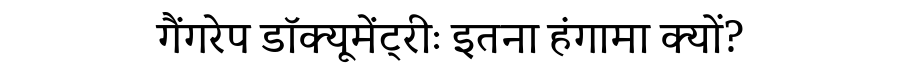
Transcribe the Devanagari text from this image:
गैंगरेप डॉक्यूमेंट्रीः इतना हंगामा क्यों?